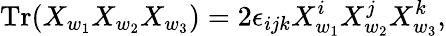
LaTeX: \mathrm{Tr}(X_{w_{1}}X_{w_{2}}X_{w_{3}})=2\epsilon_{ijk}X_{w_{1}}^{i}X_{w_{2}}^{j}X_{w_{3}}^{k},